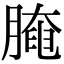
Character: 𦟩